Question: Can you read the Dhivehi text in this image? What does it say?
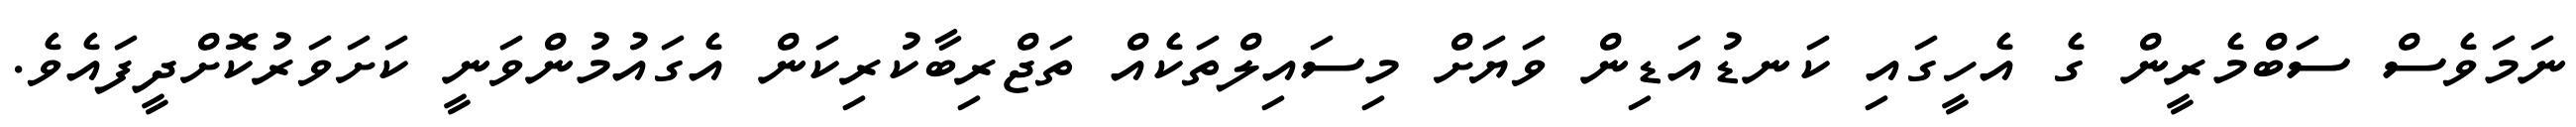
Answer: ނަމަވެސް ސަބްމެރީން ގެ އެހީގައި ކަނޑުއަޑިން ވަޔަށް މިސައިލްތަކެއް ތަޖްރިބާކުރިކަން އެގައުމުންވަނީ ކަށަވަރުކޮށްދީފައެވެ.